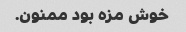
خوش مزه بود ممنون.